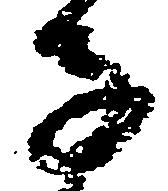
子